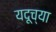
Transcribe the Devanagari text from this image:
यदूच्या